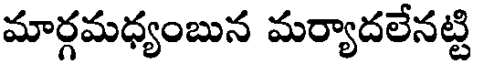
మార్గమధ్యంబున మర్యాదలేనట్టి